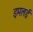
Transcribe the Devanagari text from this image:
इमलई